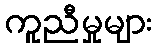
ကူညီမှုများ